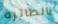
بالطائرة